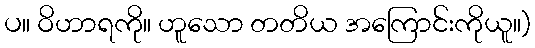
ပ။ ဝိဟာရကို။ ဟူသော တတိယ အကြောင်းကိုယူ။)